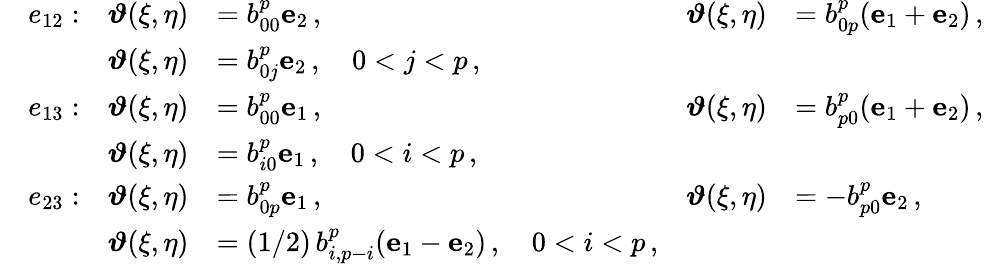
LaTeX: \begin{array}{rlrlrl}&{e_{12}:}&{\boldsymbol{\vartheta}(\xi,\eta)}&{=b_{00}^{p}\mathbf{e}_{2}\, ,}&{\boldsymbol{\vartheta}(\xi,\eta)}&{=b_{0p}^{p}(\mathbf{e}_{1}+\mathbf{e}_{2})\, ,}\\ &{}&{\boldsymbol{\vartheta}(\xi,\eta)}&{=b_{0j}^{p}\mathbf{e}_{2}\, ,\quad 0<j<p\, ,}\\ &{e_{13}:}&{\boldsymbol{\vartheta}(\xi,\eta)}&{=b_{00}^{p}\mathbf{e}_{1}\, ,}&{\boldsymbol{\vartheta}(\xi,\eta)}&{=b_{p0}^{p}(\mathbf{e}_{1}+\mathbf{e}_{2})\, ,}\\ &{}&{\boldsymbol{\vartheta}(\xi,\eta)}&{=b_{i0}^{p}\mathbf{e}_{1}\, ,\quad 0<i<p\, ,}\\ &{e_{23}:}&{\boldsymbol{\vartheta}(\xi,\eta)}&{=b_{0p}^{p}\mathbf{e}_{1}\, ,}&{\boldsymbol{\vartheta}(\xi,\eta)}&{=-b_{p0}^{p}\mathbf{e}_{2}\, ,}\\ &{}&{\boldsymbol{\vartheta}(\xi,\eta)}&{=(1/2)\, b_{i,p-i}^{p}(\mathbf{e}_{1}-\mathbf{e}_{2})\, ,\quad 0<i<p\, ,}\end{array}